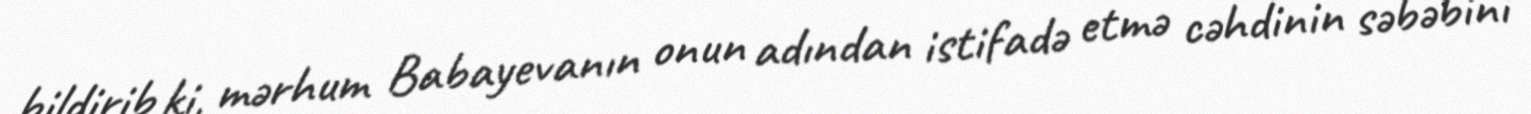
bildirib ki, mərhum Babayevanın onun adından istifadə etmə cəhdinin səbəbini